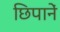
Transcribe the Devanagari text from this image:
छिपानें